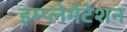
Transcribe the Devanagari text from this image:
इम्प्लेमेंटेशन